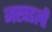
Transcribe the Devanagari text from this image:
जखडली